Jaan_Tonisson_(Lasteleht), lk 3
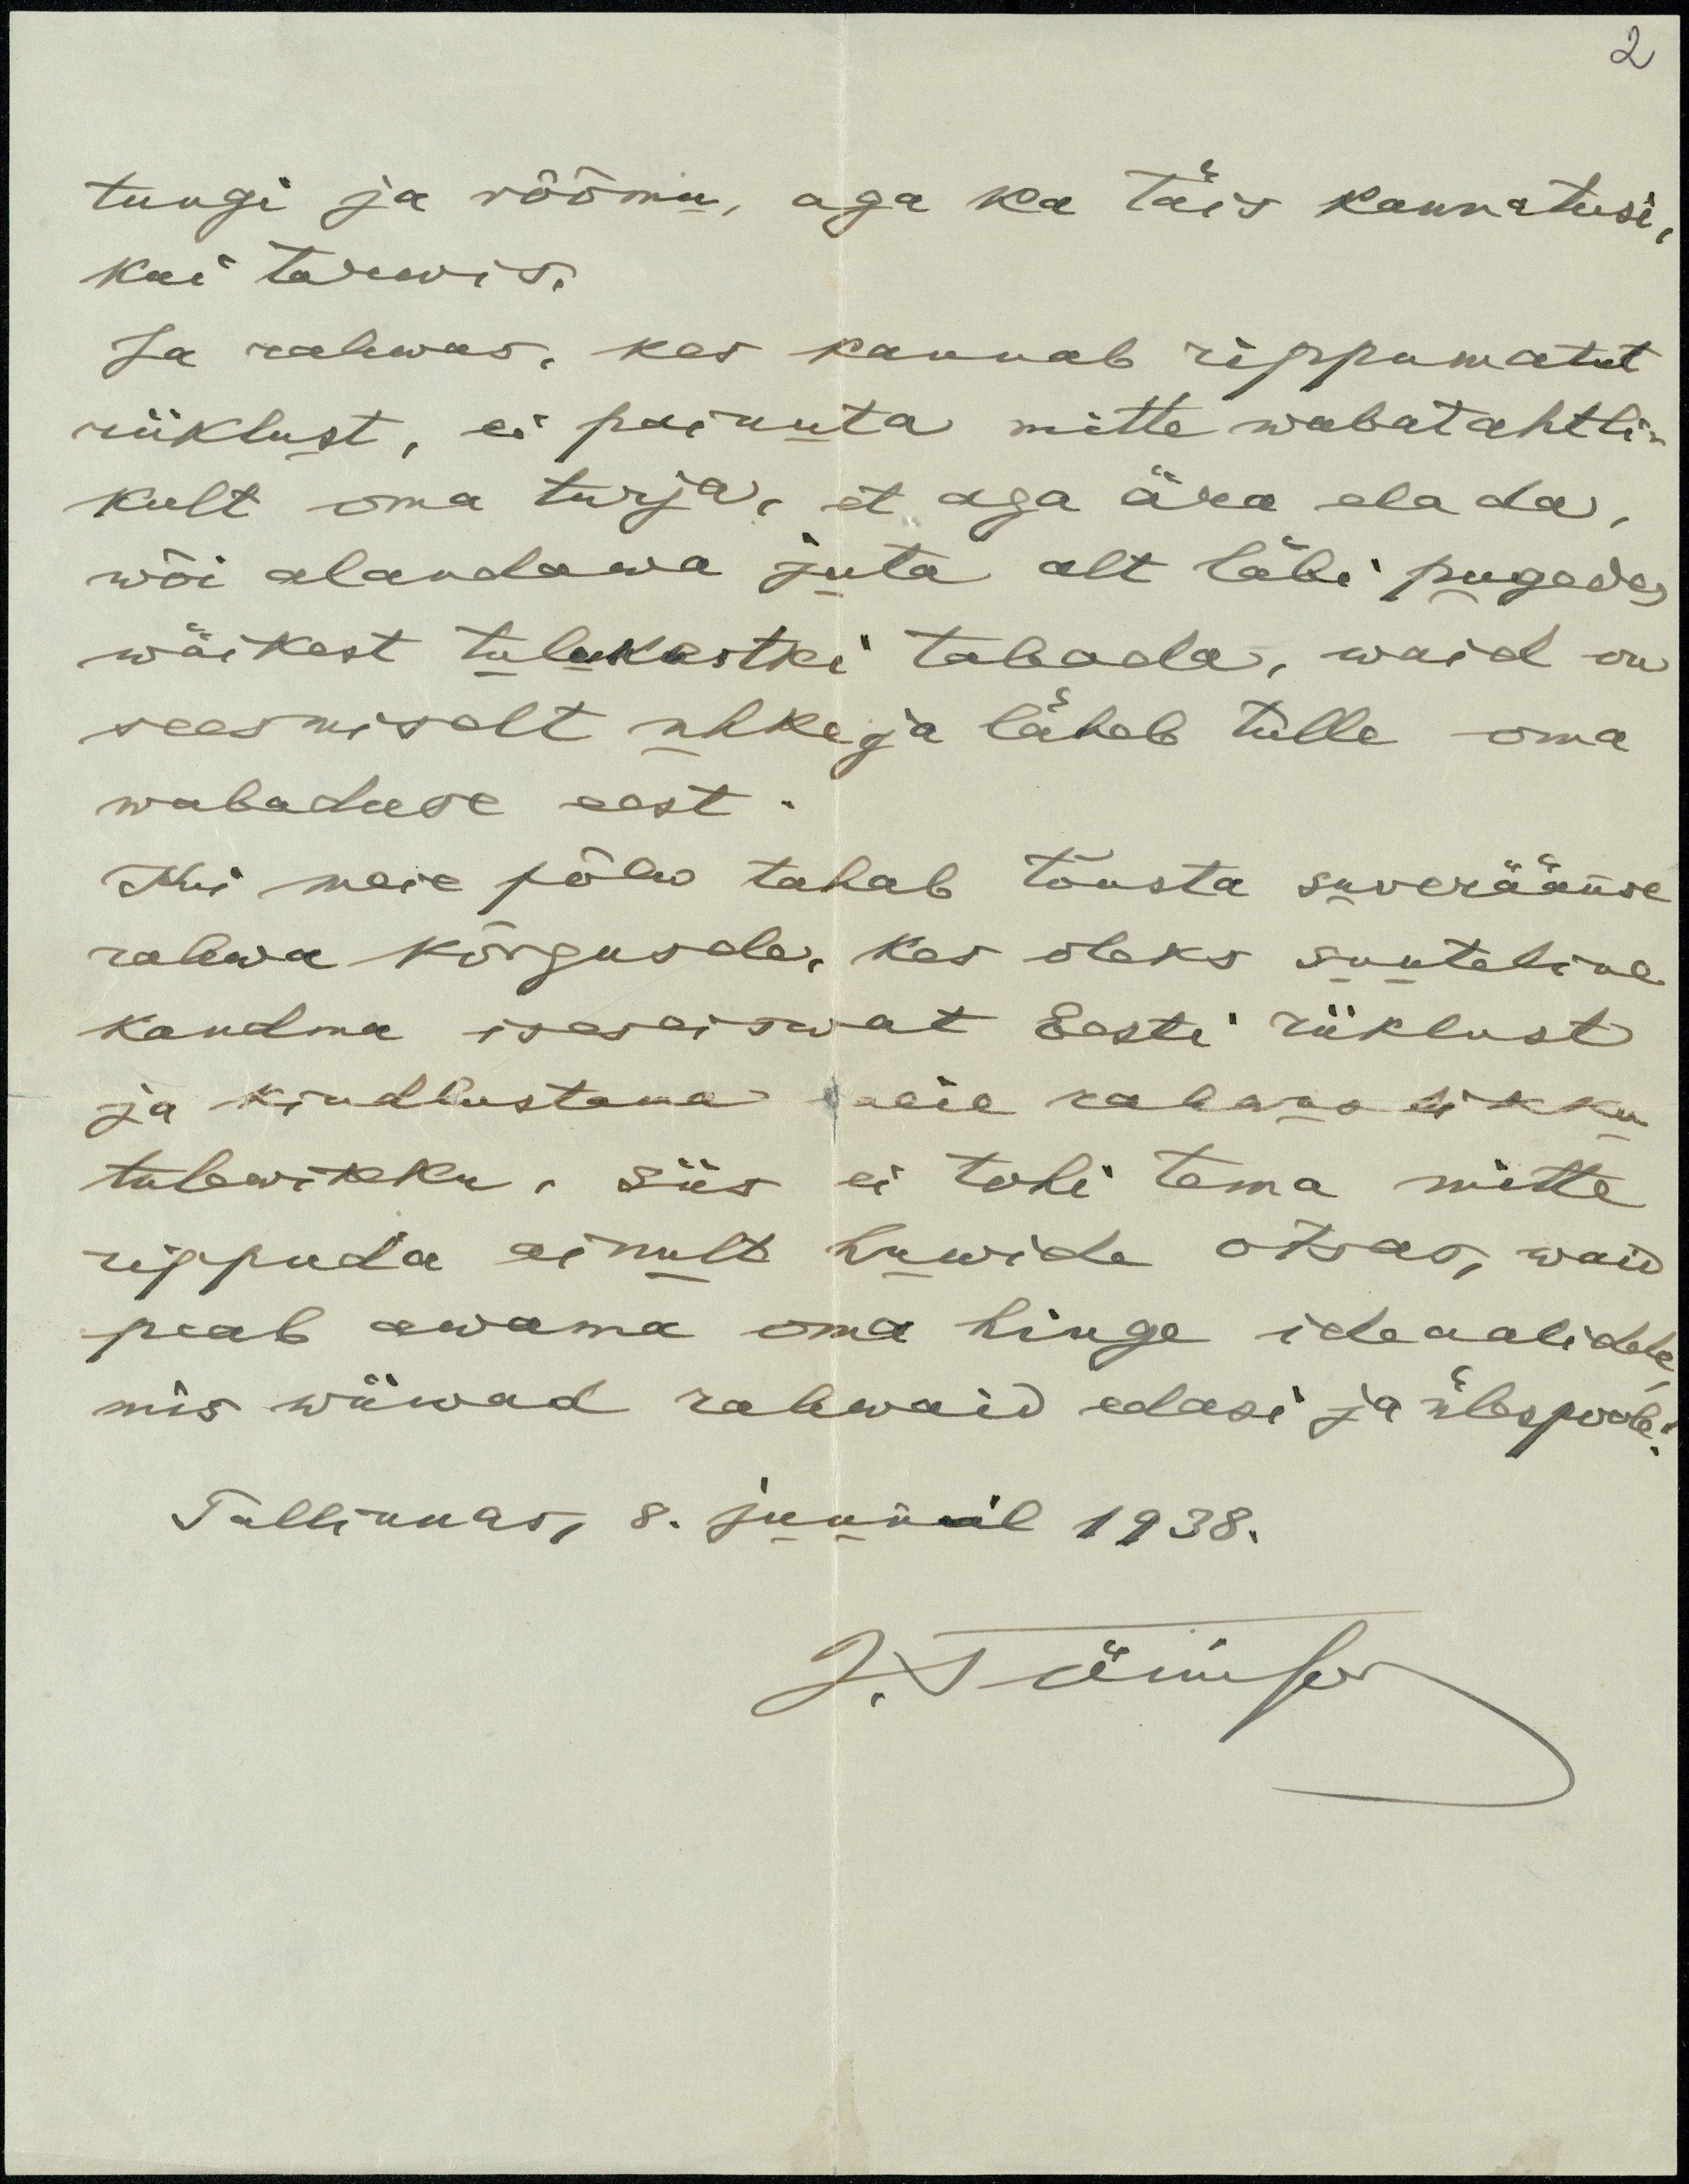
2

tuugi ja rõõmu, aga ka täis kannatusi,
kui tarwis.
Ja rahwas, kes kannab rippumatut
riiklust, ei painuta mitte wabatahtli-
kult oma turja, et aga ära elada,
wõi alandawa juta alt läbi pugades
wäikest tulukestki tabada, waid on
seesmiselt uhke ja läheb tulle oma
wabaduse eest.
Kui meie põlw tahab tõusta suveräänse
rahwa kõrgusele, kes oleks suuteline
kandma iseseiswat Eesti riiklust
ja kindlustama meie rahwaslikku
tulewikku, siis ei tohi tema mitte
rippuda ainult huwide otsas, waid
peab awama oma hinge ideaalidele
mis wiiwad rahwaid edasi ja ülespoole
Tallinnas 8. juunil 1938.
J. Tõnisson